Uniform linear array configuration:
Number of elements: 24
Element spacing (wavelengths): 0.75
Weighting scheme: binomial
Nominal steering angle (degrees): -45
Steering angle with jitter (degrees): -44.239
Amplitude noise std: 0.05
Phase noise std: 0.05

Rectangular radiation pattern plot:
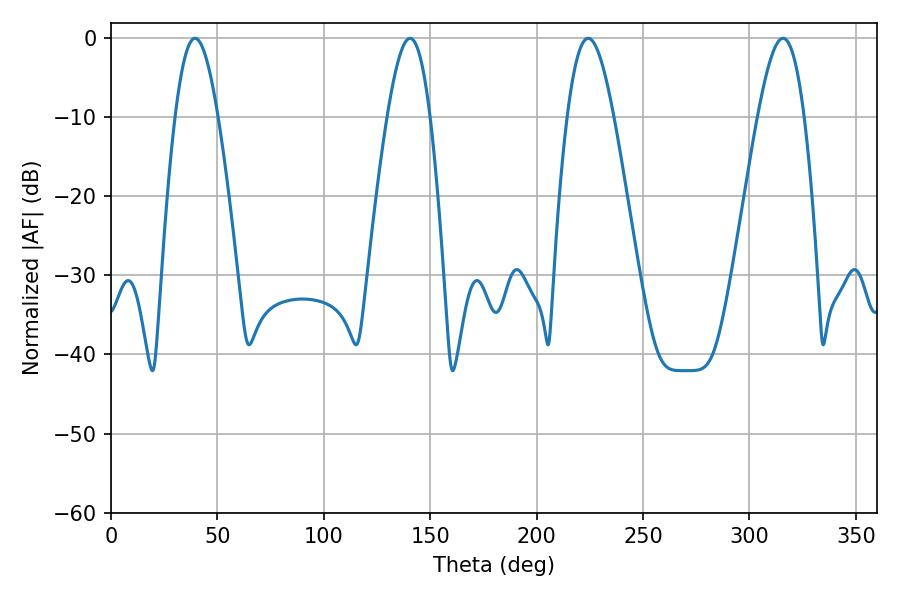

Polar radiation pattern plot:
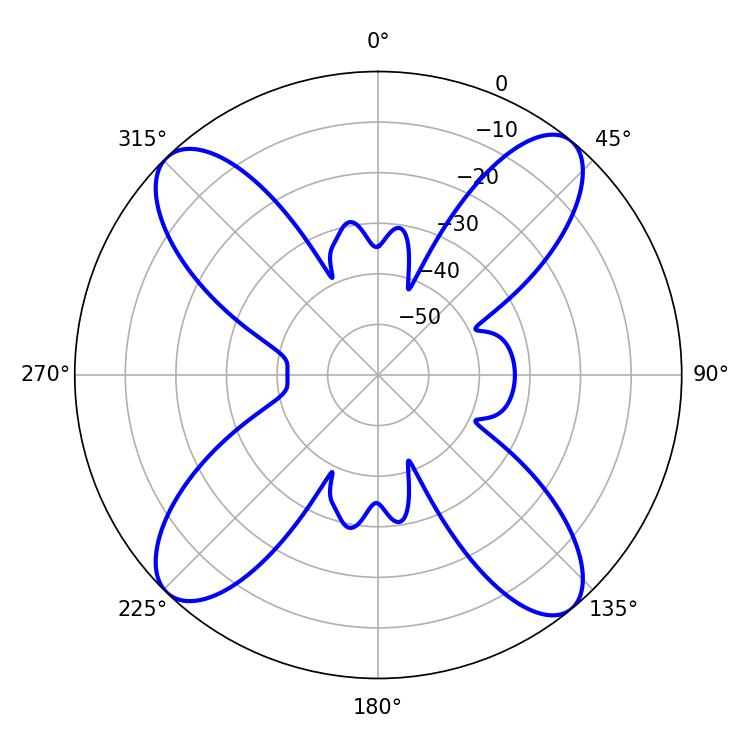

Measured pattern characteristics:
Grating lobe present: TRUE
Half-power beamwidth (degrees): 11.7
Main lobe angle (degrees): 224.28